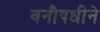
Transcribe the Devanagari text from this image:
वनौषधीने